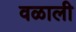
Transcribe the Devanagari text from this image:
वळाली